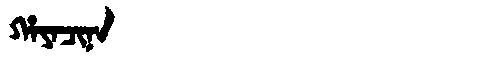
Manchu: ᡥᠠᠶᠠᠴᡳᠨᠠ
Romanization: HAYACINA